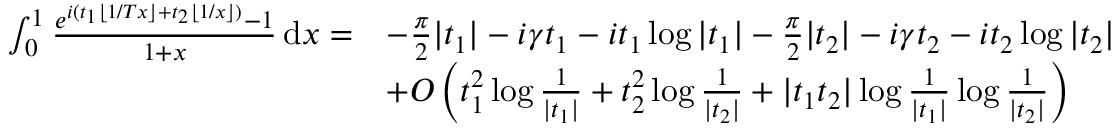
\begin{array} { r l } { \int _ { 0 } ^ { 1 } \frac { e ^ { i ( t _ { 1 } \lfloor 1 / T x \rfloor + t _ { 2 } \lfloor 1 / x \rfloor ) } - 1 } { 1 + x } \, \mathrm { d } x = } & { - \frac { \pi } { 2 } | t _ { 1 } | - i \gamma t _ { 1 } - i t _ { 1 } \log | t _ { 1 } | - \frac { \pi } { 2 } | t _ { 2 } | - i \gamma t _ { 2 } - i t _ { 2 } \log | t _ { 2 } | } \\ & { + O \left( t _ { 1 } ^ { 2 } \log \frac { 1 } { | t _ { 1 } | } + t _ { 2 } ^ { 2 } \log \frac { 1 } { | t _ { 2 } | } + | t _ { 1 } t _ { 2 } | \log \frac { 1 } { | t _ { 1 } | } \log \frac { 1 } { | t _ { 2 } | } \right) } \end{array}